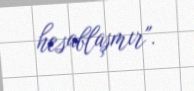
hesablaşmır".